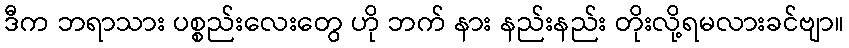
ဒီက ဘရာသား ပစ္စည်းလေးတွေ ဟို ဘက် နား နည်းနည်း တိုးလို့ရမလားခင်ဗျာ။